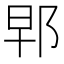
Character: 𨚰